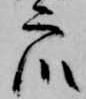
衆